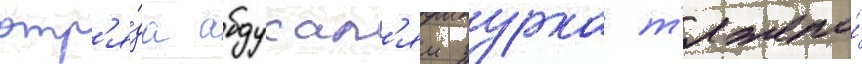
отр'я́да абдусал'ям зурка т'яжело́